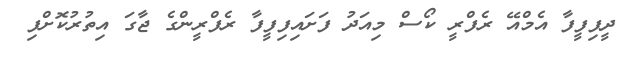
ދީފިފީފާ އެމްއޭ ރެފްރީ ކޯސް މިއަދު ފަށައިފިފީފާ ރެފްރީންގެ ޖާގަ އިތުރުކޮށްފި